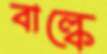
বাল্কে